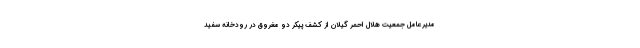
مدیرعامل جمعیت هلال احمر گیلان از کشف پیکر دو مغروق در رودخانه سفید